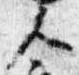
人